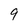
Character: 9